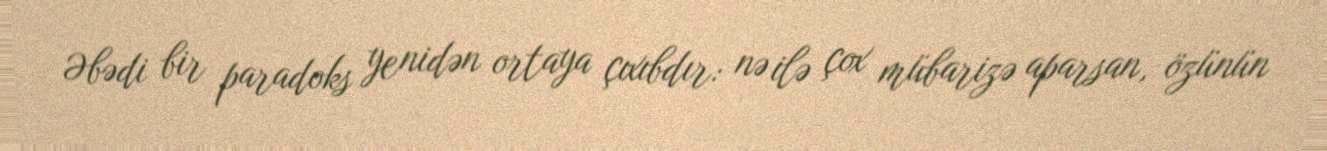
Əbədi bir paradoks yenidən ortaya çıxıbdır: nə ilə çox mübarizə aparsan, özünün